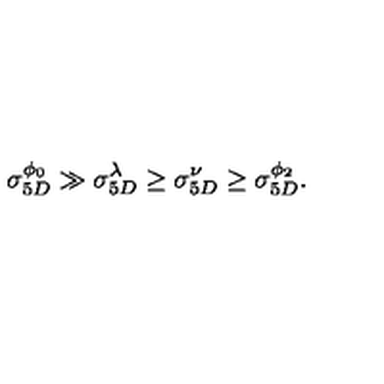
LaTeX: \sigma _ { 5 D } ^ { \phi _ { 0 } } \gg \sigma _ { 5 D } ^ { \lambda } \geq \sigma _ { 5 D } ^ { \nu } \geq \sigma _ { 5 D } ^ { \phi _ { 2 } } .